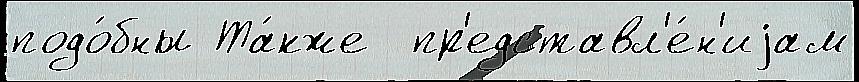
подо́бны Та́кже  пр'едставл'е́н'иjам